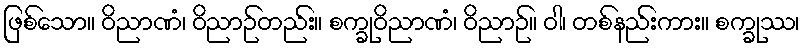
ဖြစ်သော။ ဝိညာဏံ၊ ဝိညာဉ်တည်း။ စက္ခုဝိညာဏံ၊ ဝိညာဉ်။ ဝါ၊ တစ်နည်းကား။ စက္ခုဿ၊